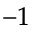
^ { - 1 }